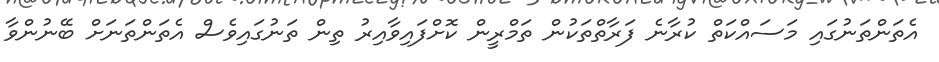
އެތަންތަނުގައި މަސައްކަތް ކުރާނެ ފަރާތްތަކުން ތަމްރީން ކޮށްފައިވާއިރު ތިން ތަނުގައިވެސް އެތަންތަނަށް ބޭނުންވާ